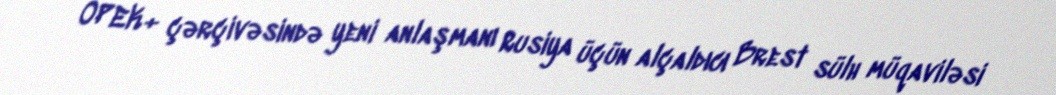
OPEK+ çərçivəsində yeni anlaşmanı Rusiya üçün alçaldıcı Brest sülh müqaviləsi